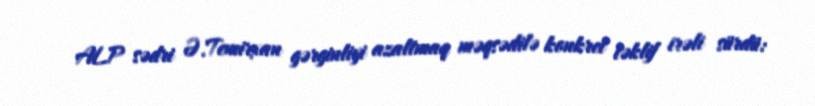
ALP sədri Ə.Temirxan gərginliyi azaltmaq məqsədilə konkret təklif irəli sürdü: